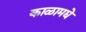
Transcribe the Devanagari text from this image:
काळामद्ये